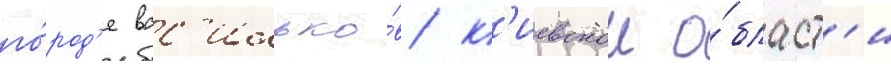
го́род'е вас'илько́в к'иевскои о́бласт'и